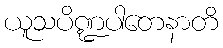
ယူသပိဏ္ဍပါတေနာတိ